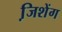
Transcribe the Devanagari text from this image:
जि़शेंग